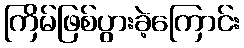
ကြိမ်ဖြစ်ပွားခဲ့ကြောင်း